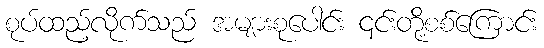
စုပ်ထည့်လိုက်သည် အများစုပေါင်း ၎င်းတို့စစ်ကြောင်း